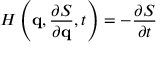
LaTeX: H \left( \mathbf { q } , { \frac { \partial S } { \partial \mathbf { q } } } , t \right) = - { \frac { \partial S } { \partial t } }